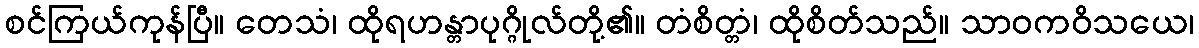
စင်ကြယ်ကုန်ပြီ။ တေသံ၊ ထိုရဟန္တာပုဂ္ဂိုလ်တို့၏။ တံစိတ္တံ၊ ထိုစိတ်သည်။ သာဝကဝိသယေ၊